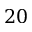
2 0